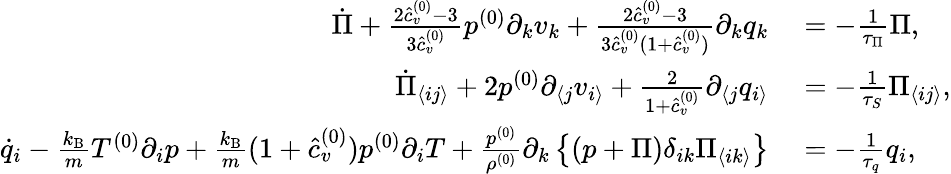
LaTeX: \begin{array}{rl}{\dot{\Pi}+\frac{2\hat{c}_{v}^{(0)}-3}{3\hat{c}_{v}^{(0)}}p^{(0)}\partial_{k}v_{k}+\frac{2\hat{c}_{v}^{(0)}-3}{3\hat{c}_{v}^{(0)}(1+\hat{c}_{v}^{(0)})}\partial_{k}q_{k}}&{{}=-\frac{1}{\tau_{\Pi}}\Pi,}\\ {\dot{\Pi}_{\langle ij\rangle}+2p^{(0)}\partial_{\langle j}v_{i\rangle}+\frac{2}{1+\hat{c}_{v}^{(0)}}\partial_{\langle j}q_{i\rangle}}&{{}=-\frac{1}{\tau_{S}}\Pi_{\langle ij\rangle},}\\ {\dot{q}_{i}-\frac{k_{\mathrm{B}}}{m}T^{(0)}\partial_{i}p+\frac{k_{\mathrm{B}}}{m}(1+\hat{c}_{v}^{(0)})p^{(0)}\partial_{i}T+\frac{p^{(0)}}{\rho^{(0)}}\partial_{k}\left\{ (p+\Pi)\delta_{ik}\Pi_{\langle ik\rangle}\right\} }&{{}=-\frac{1}{\tau_{q}}q_{i},}\end{array}